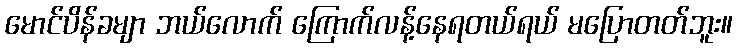
မောင်ပိန်ခမျာ ဘယ်လောက် ကြောက်လန့်နေရတယ်ရယ် မပြောတတ်ဘူး။